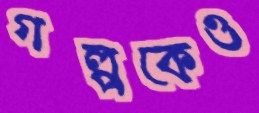
গল্পকেও